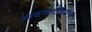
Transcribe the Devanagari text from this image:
आइवाज़ियन